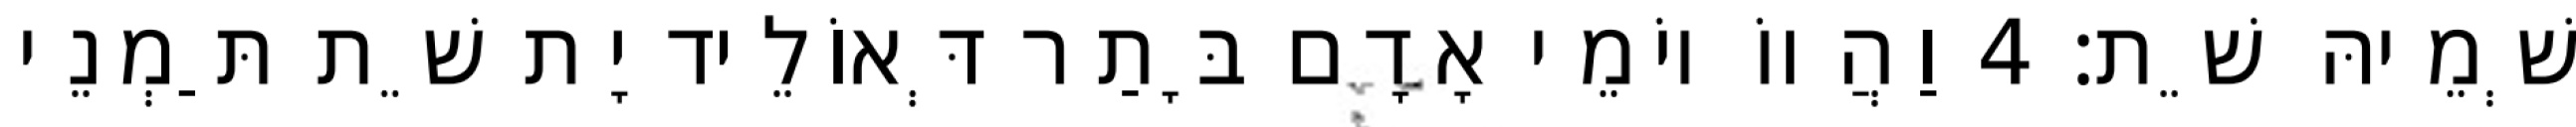
שְׁמֵיהּ שֵׁת׃ 4 וַהֲווֹ יוֹמֵי אָדָם בָּתַר דְּאוֹלֵיד יָת שֵׁת תַּמְנֵי